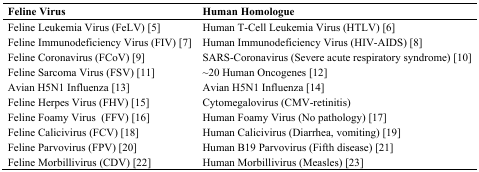
<table><thead><tr><td><b>Feline Virus</b></td><td><b>Human Homologue</b></td></tr></thead><tbody><tr><td>Feline Leukemia Virus (FeLV) [5]</td><td>Human T-Cell Leukemia Virus (HTLV) [6]</td></tr><tr><td>Feline Immunodeficiency Virus (FIV) [7]</td><td>Human Immunodeficiency Virus (HIV-AIDS) [8]</td></tr><tr><td>Feline Coronavirus (FCoV) [9]</td><td>SARS-Coronavirus (Severe acute respiratory syndrome) [10]</td></tr><tr><td>Feline Sarcoma Virus (FSV) [11]</td><td>~20 Human Oncogenes [12]</td></tr><tr><td>Avian H5N1 Influenza [13]</td><td>Avian H5N1 Influenza [14]</td></tr><tr><td>Feline Herpes Virus (FHV) [15]</td><td>Cytomegalovirus (CMV-retinitis)</td></tr><tr><td>Feline Foamy Virus (FFV) [16]</td><td>Human Foamy Virus (No pathology) [17]</td></tr><tr><td>Feline Calicivirus (FCV) [18]</td><td>Human Calicivirus (Diarrhea, vomiting) [19]</td></tr><tr><td>Feline Parvovirus (FPV) [20]</td><td>Human B19 Parvovirus (Fifth disease) [21]</td></tr><tr><td>Feline Morbillivirus (CDV) [22]</td><td>Human Morbillivirus (Measles) [23]</td></tr></tbody></table>